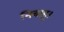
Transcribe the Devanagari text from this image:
निबाहू।